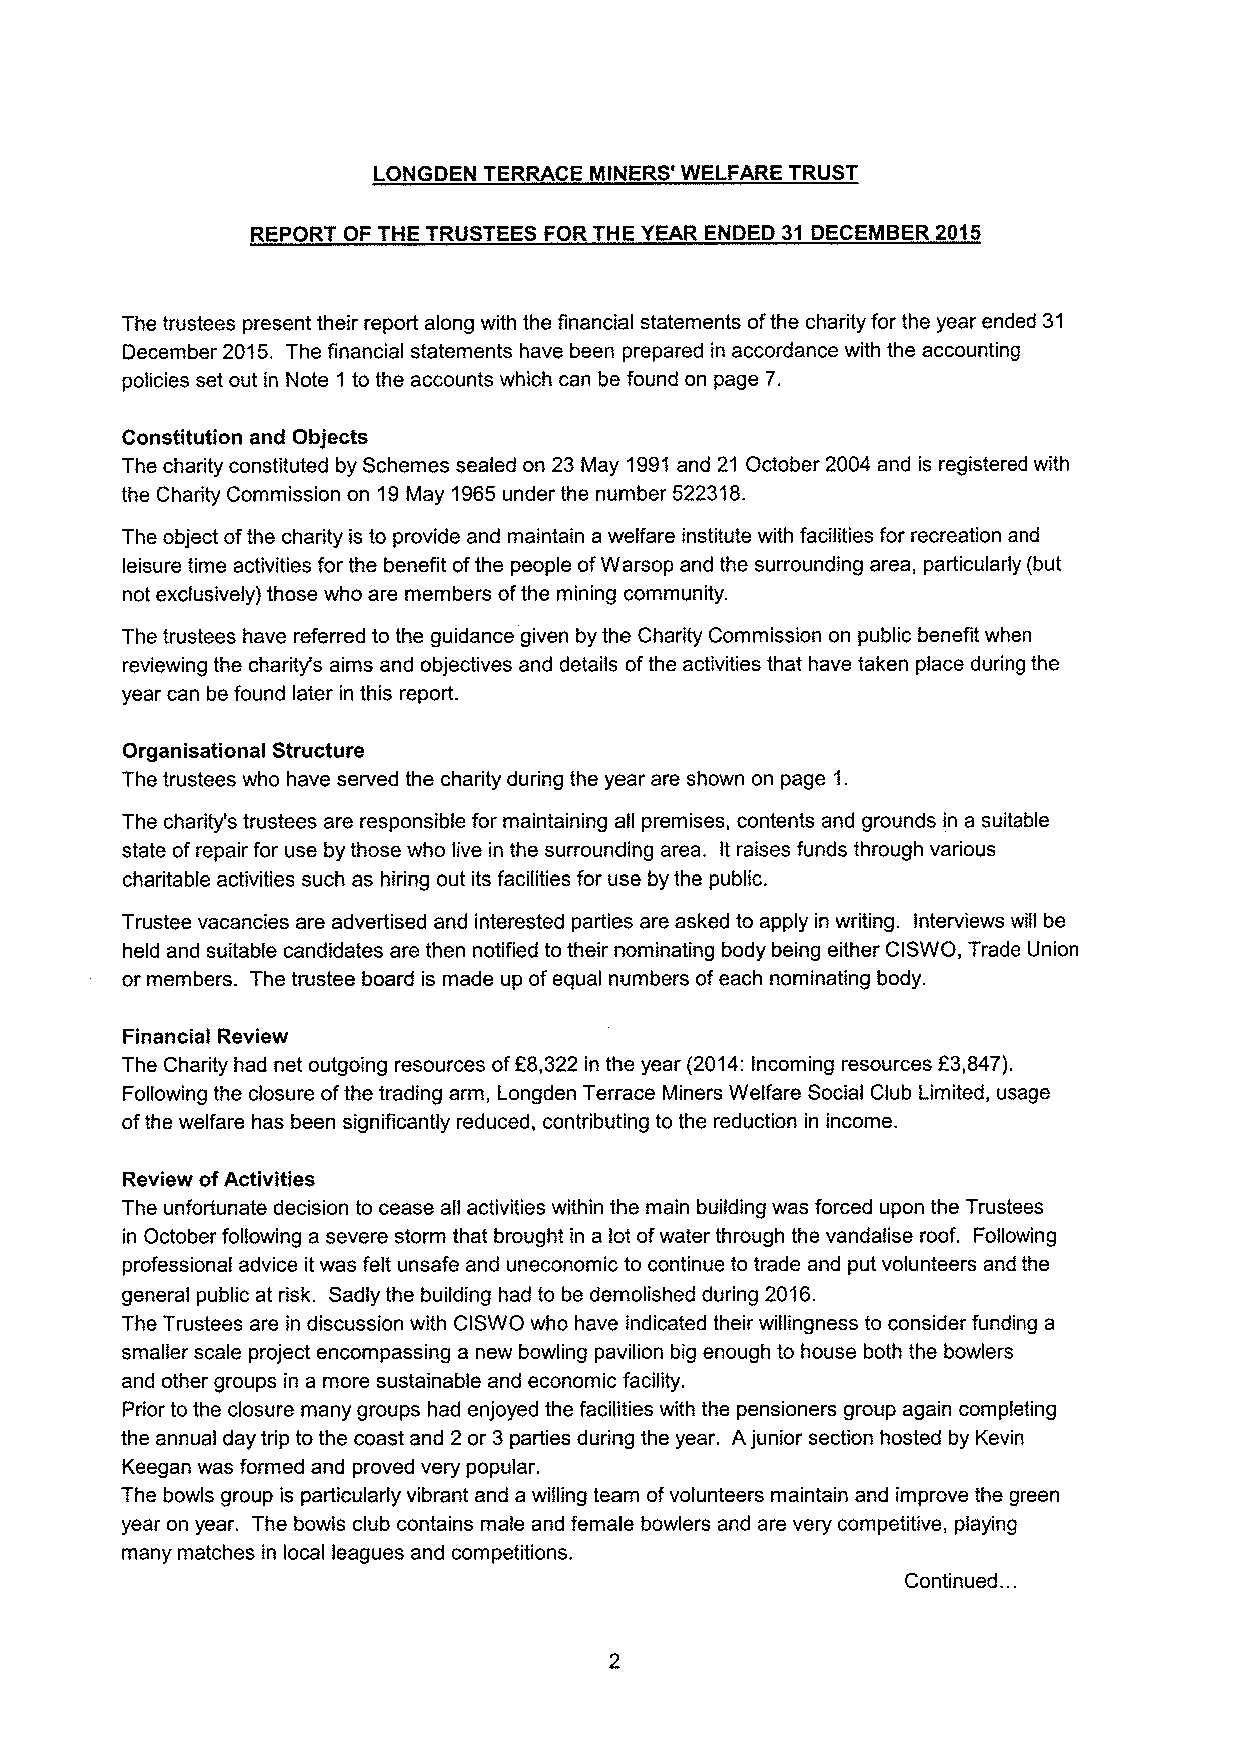
LONGDEN TERRACE MINERS' WELFARE TRUST
 REPORT OF THE TRUSTEES FOR THE YEAR ENDED 31 DECEMBER 2015
 The trustees present their report along with the financial statements ofthe charity for the year ended 31
 December 2015. The financial statements have been prepared in accordance with the accounting
 policies set out in Note 1 to the accounts which can be found on page 7.
 Constitution and Objects
 The charity constituted by Schemes sealed on 23 May 1991and 21 October 2004 and is registered with
 the Charity Commission on 19May 1965under the number 522318.
 The object ofthe charity is to provide and maintain a welfare institute with facilities for recreation and
 leisure time activities for the benefit ofthe people ofWarsop and the surrounding area, particularly (but
 not exclusively) those who are members ofthe mining community.
 The trustees have referred to the guidance given by the Charity Commission on public benefit when
 reviewing the charity's aims and objectives and details ofthe activities that have taken place during the
 year can be found later in this report.
 Organisational Structure
 The trustees who have served the charity during the year are shown on page 1.
 The charity's trustees are responsible for maintaining all premises, contents and grounds in a suitable
 state ofrepair for use by those who live in the surrounding area. It raises funds through various
 charitable activities such as hiring out its facilities for use by the public.
 Trustee vacancies are advertised and interested parties are asked to apply in writing. Interviews will be
 held and suitable candidates are then notified to their nominating body being either CISWO, Trade Union
 or members. The trustee board is made up ofequal numbers ofeach nominating body.
 Financial Review
 The Charity had net outgoing resources ofE8,322 in the year (2014:Incoming resources E3,847).
 Following the closure ofthe trading arm, Longden Terrace Miners Welfare Social Club Limited, usage
 ofthe welfare has been significantly reduced, contributing to the reduction in income.
 Review ofActivities
 The unfortunate decision to cease all activities within the main building was forced upon the Trustees
 in October following a severe storm that brought in a lot ofwater through the vandalise roof. Following
 professional advice it was felt unsafe and uneconomic to continue to trade and put volunteers and the
 general public at risk. Sadly the building had to be demolished during 2016.
 The Trustees are in discussion with CISWO who have indicated their willingness to consider funding a
 smaller scale project encompassing a new bowling pavilion big enough to house both the bowlers
 and other groups in a more sustainable and economic facility.
 Prior to the closure many groups had enjoyed the facilities with the pensioners group again completing
 the annual day trip to the coast and 2or 3parties during the year. Ajunior section hosted by Kevin
 Keegan was formed and proved very popular.
 The bowls group is particularly vibrant and a willing team ofvolunteers maintain and improve the green
 year on year. The bowls club contains male and female bowlers and are very competitive, playing
 many matches in local leagues and competitions.
 Continued. ..